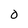
Character: O